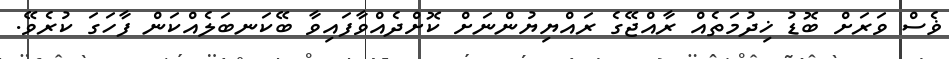
ޥެސް ވަރަށް ބޮޑު ޚިދުމަތެއް ރާއްޖޭގެ ރައްޔިޔުންނަށް ކޮށްދެއްވާފައިވާ ބޭކަނބަލެއްކަން ފާހަގަ ކުރެވޭ.